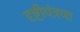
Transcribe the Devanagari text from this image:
दृष्टीयंत्रणा